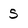
Character: S